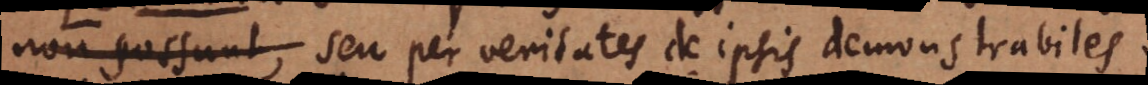
non possunt, per veritates de ipsis demonstrabiles,